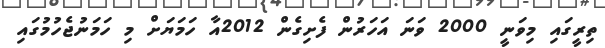
ތިރީގައި މިވަނީ 2000 ވަނަ އަހަރުން ފެށިގެން 2012އާ ހަމަޔަށް މި ހަމަނުޖެހުމުގައި